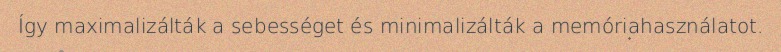
Így maximalizálták a sebességet és minimalizálták a memóriahasználatot.